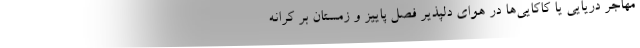
مهاجر دریایی یا کاکایی‌ها در هوای دلپذیر فصل پاییز و زمستان بر کرانه